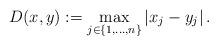
LaTeX: \begin{align*}D(x,y) := \max_{j \in \{ 1, \dots, n\} }|x_j-y_j|\, . \end{align*}